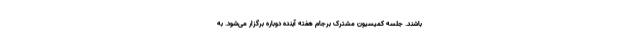
باشند. جلسه کمیسیون مشترک برجام هفته آینده دوباره برگزار می‌شود. به